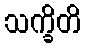
သက္ခိတိ